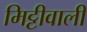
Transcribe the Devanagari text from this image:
मिट्टीवाली